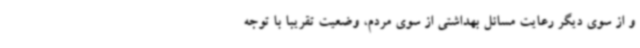
و از سوی دیگر رعایت مسائل بهداشتی از سوی مردم، وضعیت تقریبا با توجه